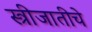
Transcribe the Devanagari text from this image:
स्त्रीजातीचे